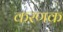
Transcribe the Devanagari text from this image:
करणक